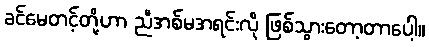
ခင်မေတင့်တို့ဟာ ညီအစ်မအရင်းလို ဖြစ်သွားတော့တာပေါ့။